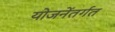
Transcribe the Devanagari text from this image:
योजनेंतर्गत